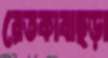
রেতকাবাছড়া